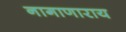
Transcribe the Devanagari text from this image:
नागाणाराय